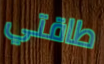
طاقتي